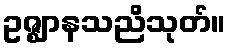
ဥဇ္ဈာနသညိသုတ်။